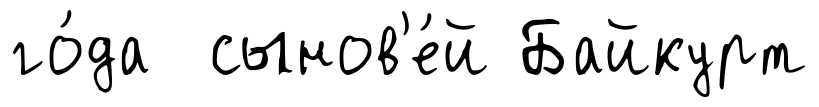
го́да сынов'е́й Байкурт